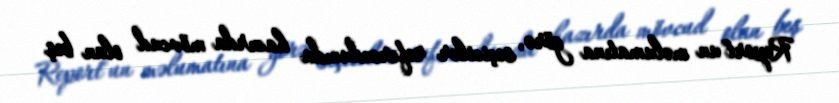
Report"un məlumatına görə, seçicilər referendumda hazırda mövcud olan beş